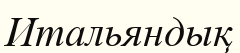
Итальяндық